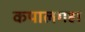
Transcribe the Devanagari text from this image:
कपालगहा